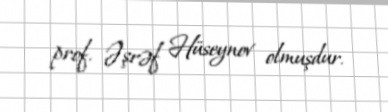
prof. Əşrəf Hüseynov olmuşdur.